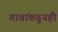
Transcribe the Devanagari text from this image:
गावांकडूनही